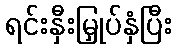
ရင်းနှီးမြှုပ်နှံပြီး